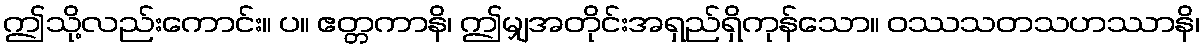
ဤသို့လည်းကောင်း။ ပ။ ဧတ္တကာနိ၊ ဤမျှအတိုင်းအရှည်ရှိကုန်သော။ ဝဿသတသဟဿာနိ၊